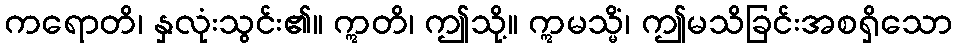
ကရောတိ၊ နှလုံးသွင်း၏။ ဣတိ၊ ဤသို့။ ဣမသ္မိံ၊ ဤမသိခြင်းအစရှိသော